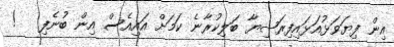
އިން ފިޔަވަޅުއަޅައިފިރަޝިޔާ ބަލިކުރާނެ ކަމަށް އައިއެސް އިން ބުނެފި   !